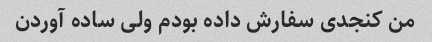
من کنجدی سفارش داده بودم ولی ساده آوردن